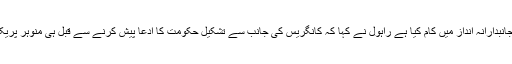
یہ الزام عائد کرتے ہوئے کہ گورنر گوا نے جانبدارانہ انداز میں کام کیا ہے راہول نے کہا کہ کانگریس کی جانب سے تشکیل حکومت کا ادعا پیش کرنے سے قبل ہی منوہر پریکر کی تائید میں مکتوب جاری کردیا گیا ہے ۔